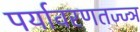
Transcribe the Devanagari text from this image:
पर्यावरणतज्ज्ञ